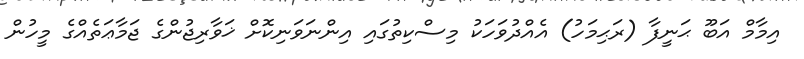
އިމާމް އަބޫ ޙަނީފާ (ރަޙިމަހު) އެއްދުވަހަކު މިސްކިތުގައި އިންނަވަނިކޮށް ޚަވާރިޖުންގެ ޖަމާޢަތެއްގެ މީހުން